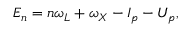
E _ { n } = n \omega _ { L } + \omega _ { X } - I _ { p } - U _ { p } ,